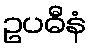
ဥပဓီနံ